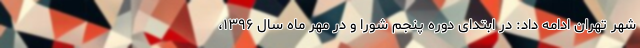
شهر تهران ادامه داد: در ابتدای دوره پنجم شورا و در مهر ماه سال ۱۳۹۶،